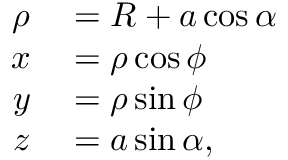
\begin{array} { r l } { \rho } & { { } = R + a \cos \alpha } \\ { x } & { { } = \rho \cos \phi } \\ { y } & { { } = \rho \sin \phi } \\ { z } & { { } = a \sin \alpha , } \end{array}